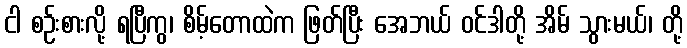
ငါ စဉ်းစားလို့ ရပြီကွ၊ စိမ့်တောထဲက ဖြတ်ပြီး အေဘယ် ဝင်ဒါတို့ အိမ် သွားမယ်၊ တို့